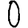
Digit: 0